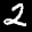
Label: 2